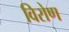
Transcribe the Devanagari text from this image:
विरोण